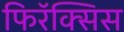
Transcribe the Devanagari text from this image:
फिरॅक्सिस